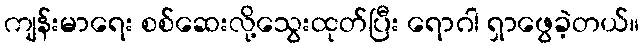
ကျန်းမာရေး စစ်ဆေးလို့သွေးထုတ်ပြီး ရောဂါ ရှာဖွေခဲ့တယ်။